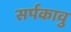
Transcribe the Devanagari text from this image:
सर्पकावु